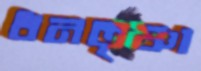
ধনতৃষ্ণা